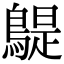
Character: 𪂿